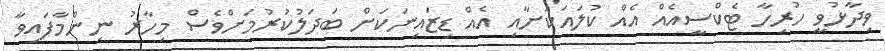
ވިދާޅުވީ ހުރިހާ ޓެކްސީއެއް އެއް ކުލައަކަށާއި އެއް ޑިޒައިނަކަށް ބަދަލުކުރުމަށްވެސް މިހާރު ނިންމާފައިވާ